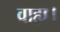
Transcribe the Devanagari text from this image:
वाह्य।